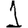
Digit: 1